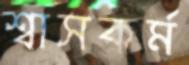
শ্বাসকর্ম